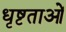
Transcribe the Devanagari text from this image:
धृष्टताओं